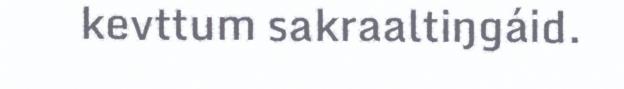
kevttum sakraaltiŋgáid.